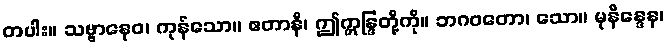
တပါး။ သဗ္ဗာနေဝ၊ ကုန်သော။ ဧတာနိ၊ ဤဣန္ဒြတို့ကို။ ဘဂဝတော၊ သော။ မုနိန္ဒေန၊